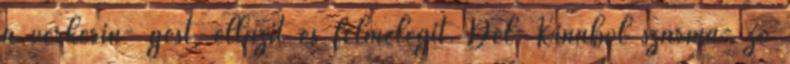
a vérkerin- gést, ellazít és felmelegít. Dél-Kínából szárma- zó